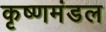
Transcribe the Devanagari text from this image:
कृष्णमंडल